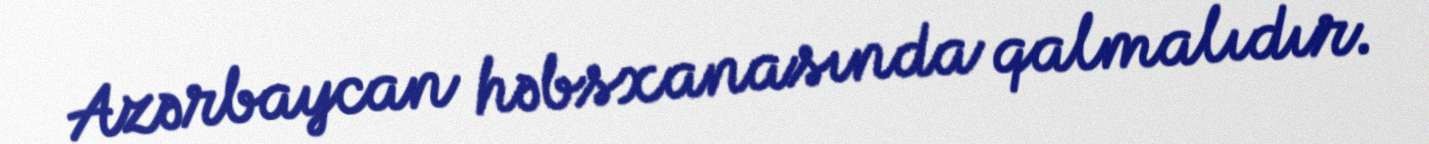
Azərbaycan həbsxanasında qalmalıdır.